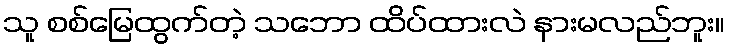
သူ စစ်မြေထွက်တဲ့ သဘော ထိပ်ထားလဲ နားမလည်ဘူး။